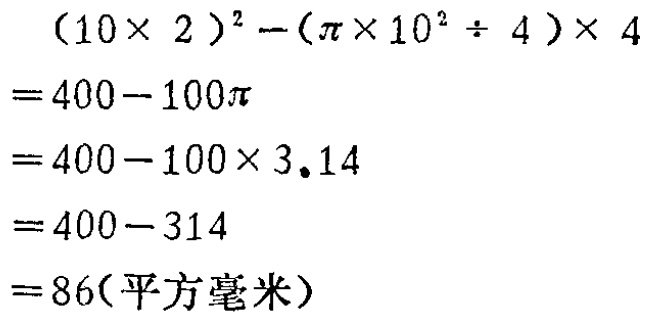
\begin{align*}

&(10\times 2)^2 - (\pi\times 10^2\div 4)\times 4\\

=&400 - 100\pi\\

=&400 - 100\times 3.14\\

=&400 - 314\\

=&86(\text{平方毫米})

\end{align*}